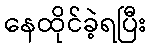
နေထိုင်ခဲ့ရပြီး